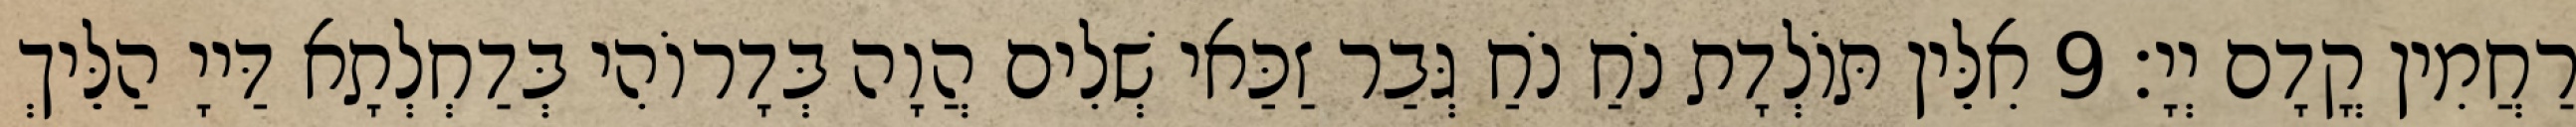
רַחֲמִין קֳדָם יְיָ׃ 9 אִלֵּין תּוֹלְדָת נֹחַ נֹחַ גְּבַר זַכַּאי שְׁלִים הֲוָה בְּדָרוֹהִי בְּדַחְלְתָא דַּייָ הַלֵּיךְ